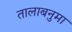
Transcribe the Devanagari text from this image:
तालाबनुमा